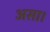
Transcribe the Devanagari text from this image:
असा।